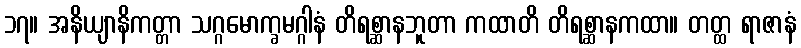
၁၇။ အနိယျာနိကတ္တာ သဂ္ဂမောက္ခမဂ္ဂါနံ တိရစ္ဆာနဘူတာ ကထာတိ တိရစ္ဆာနကထာ။ တတ္ထ ရာဇာနံ